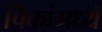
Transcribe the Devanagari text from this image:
पिंकांमध्ये